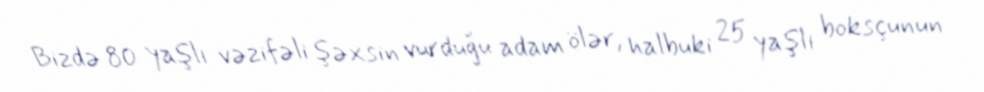
Bizdə 80 yaşlı vəzifəli şəxsin vurduğu adam ölər, halbuki 25 yaşlı boksçunun